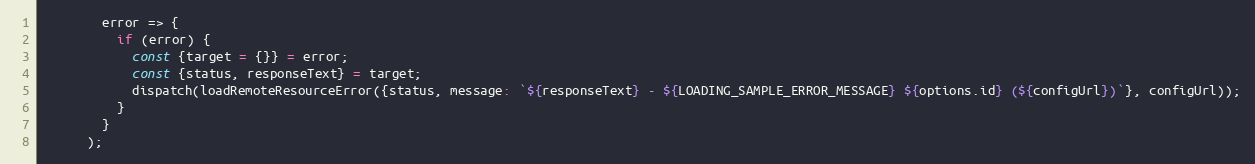
Language: JavaScript
        error => {
          if (error) {
            const {target = {}} = error;
            const {status, responseText} = target;
            dispatch(loadRemoteResourceError({status, message: `${responseText} - ${LOADING_SAMPLE_ERROR_MESSAGE} ${options.id} (${configUrl})`}, configUrl));
          }
        }
      );